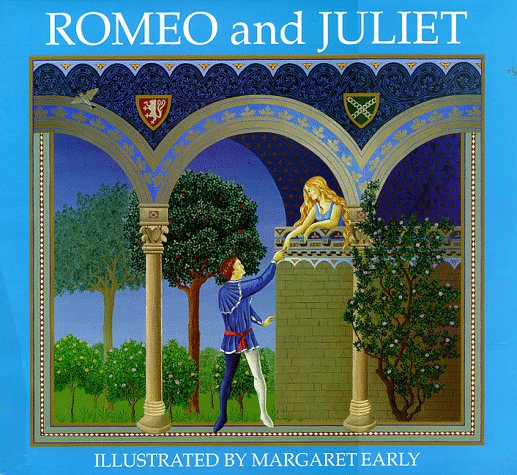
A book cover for Romeo and Juliet (The New Folger Library Shakespeare); Margaret Early; Literature & Fiction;